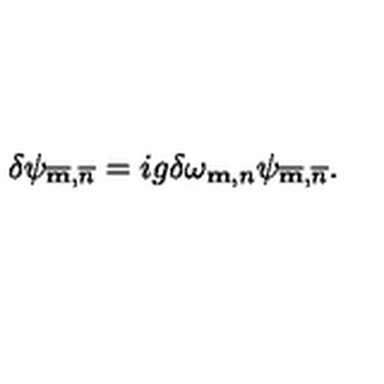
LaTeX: \delta \psi _ { \overline { { \bf m } } , \overline { { n } } } = i g \delta \omega _ { { \bf m } , n } \psi _ { \overline { { \bf m } } , \overline { { n } } } .